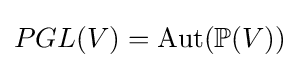
PGL(V)=\operatorname {Aut} (\mathbb {P} (V))